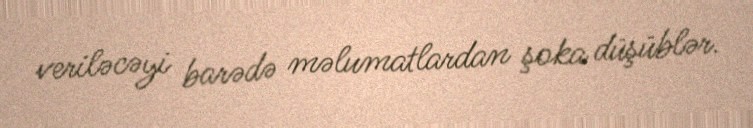
veriləcəyi barədə məlumatlardan şoka düşüblər.